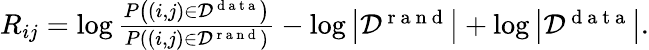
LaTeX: \begin{array}{r}{R_{ij}=\log\frac{P\left((i,j)\in{\cal D}^{\mathrm{~d~a~t~a~}}\right)}{P\left((i,j)\in{\cal D}^{\mathrm{~r~a~n~d~}}\right)}-\log\left|{\cal D}^{\mathrm{~r~a~n~d~}}\right|+\log\left|{\cal D}^{\mathrm{~d~a~t~a~}}\right|.}\end{array}